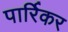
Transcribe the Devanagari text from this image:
पार्रिकर